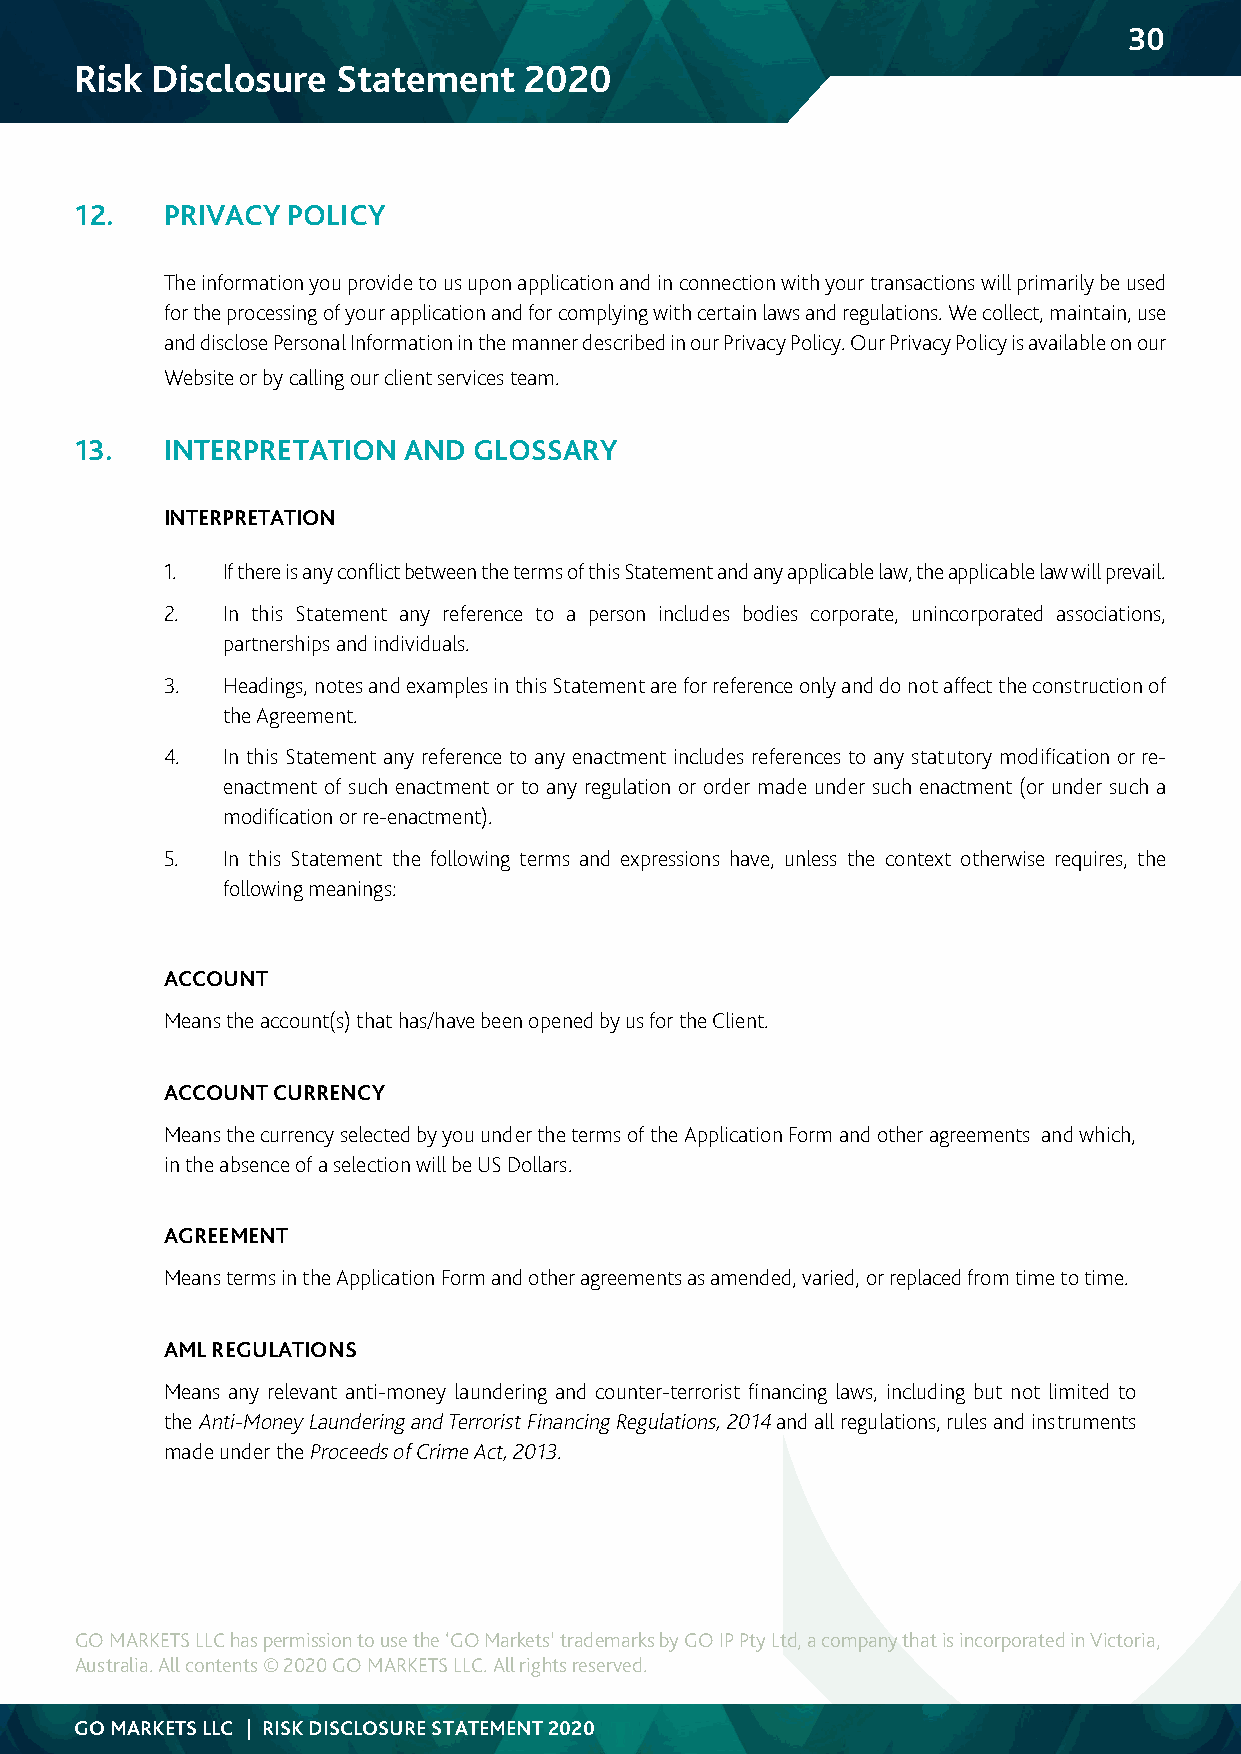
30
 Risk Disclosure  Statement    2020
 12.   PRIVACY POLICY
 The information you provide to us upon application and in connection with your transactions will primarily be used
 for the processing of your application and for complying with certain laws and regulations. We collect, maintain, use
 and disclose Personal Information in the manner described in our Privacy Policy. Our Privacy Policy is available on our
 Website or by calling our client services team.
 13.   INTERPRETATION  AND GLOSSARY
 INTERPRETATION
 1.  If there is any conflict between the terms of this Statement and any applicable law, the applicable law will prevail.
 2.  In this Statement any reference to a person includes bodies corporate, unincorporated associations,
 partnerships and individuals.
 3.  Headings, notes and examples in this Statement are for reference only and do not affect the construction of
 the Agreement.
 4.  In this Statement any reference to any enactment includes references to any statutory modification or re-
 enactment of such enactment or to any regulation or order made under such enactment (or under such a
 modification or re-enactment).
 5.  In this Statement the following terms and expressions have, unless the context otherwise requires, the
 following meanings:
 ACCOUNT
 Means the account(s) that has/have been opened by us for the Client.
 ACCOUNT CURRENCY
 Means the currency selected by you under the terms of the Application Form and other agreements and which,
 in the absence of a selection will be US Dollars.
 AGREEMENT
 Means terms in the Application Form and other agreements as amended, varied, or replaced from time to time.
 AML REGULATIONS
 Means any relevant anti-money laundering and counter-terrorist financing laws, including but not limited to
 the Anti-Money Laundering and Terrorist Financing Regulations, 2014 and all regulations, rules and instruments
 made under the Proceeds of Crime Act, 2013.
 GO MARKETS LLC has permission to use the ‘GO Markets’ trademarks by GO IP Pty Ltd, a company that is incorporated in Victoria,
 Australia. All contents © 2020 GO MARKETS LLC. All rights reserved.
 GO MARKETS LLC | RISK DISCLOSURE STATEMENT 2020